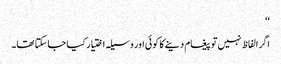
‘‘
اگر الفاظ نہیں تو پیغام دینے کا کوئی اور وسیلہ اختیار کیا جاسکتا تھا۔